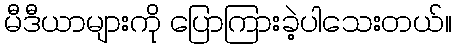
မီဒီယာများကို ပြောကြားခဲ့ပါသေးတယ်။